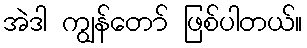
အဲဒါ ကျွန်တော် ဖြစ်ပါတယ်။